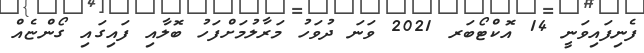
ފެނިފައިވަނީ 14 އޮކްޓޯބަރ 2021 ވަނަ ދުވަހު މަރާލުމަށްފަހު ބޮލާއި ފައިގައި ގޯންޏެއް